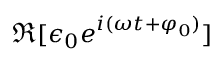
\Re [ \epsilon _ { 0 } e ^ { i ( \omega t + \varphi _ { 0 } ) } ]